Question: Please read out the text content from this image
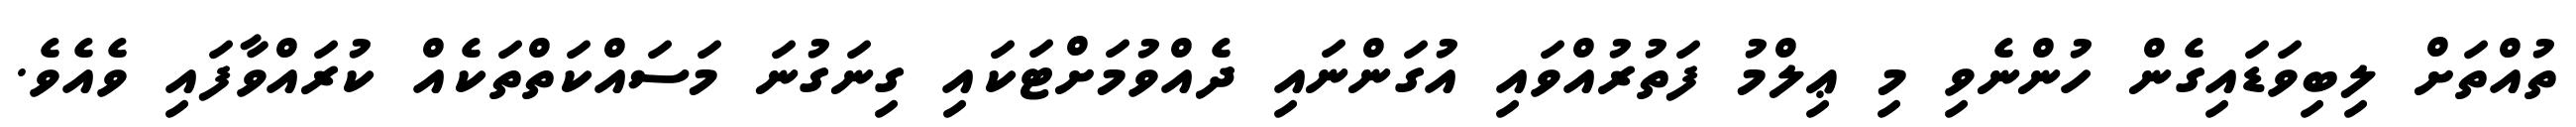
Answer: ތުއްތަށް ލިބިވަޑައިގެން ހުންނެވި މި ޢިލްމު ފަތުރުއްވައި އުގަންނައި ދެއްވުމަށްޓަކައި ގިނަގުނަ މަސައްކަތްތަކެއް ކުރައްވާފައި ވެއެވެ.